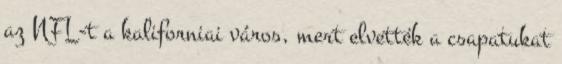
az NFL-t a kaliforniai város, mert elvették a csapatukat